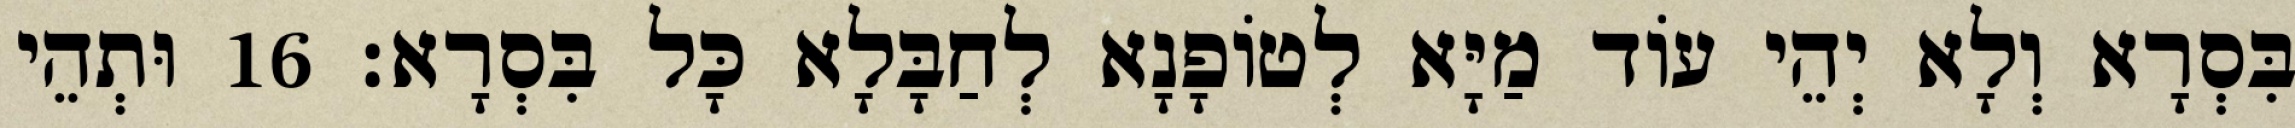
בִּסְרָא וְלָא יְהֵי עוֹד מַיָּא לְטוֹפָנָא לְחַבָּלָא כָּל בִּסְרָא׃ 16 וּתְהֵי